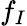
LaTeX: f_{I}